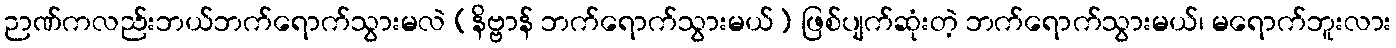
ဉာဏ်ကလည်းဘယ်ဘက်ရောက်သွားမလဲ (နိဗ္ဗာန် ဘက်ရောက်သွားမယ်) ဖြစ်ပျက်ဆုံးတဲ့ ဘက်ရောက်သွားမယ်၊ မရောက်ဘူးလား